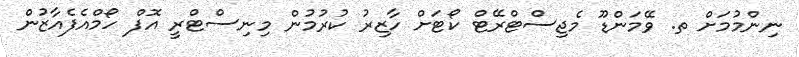
ނިންމުމަށް ތ. ވޭމަންޑޫ މެޖިސްޓްރޭޓް ކޯޓަށް ހާޒިރު ކުރުމުން މިނިސްޓްރީ އޮފް ހޯމްއެފެއާޒުން